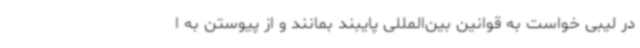
در لیبی خواست به قوانین بین‌المللی پایبند بمانند و از پیوستن به ا